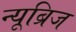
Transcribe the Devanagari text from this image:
न्यूब्रिज